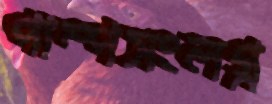
পাম্পসংলগ্ন